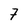
Character: 7